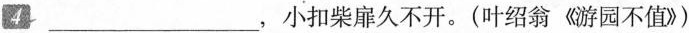
4 ___，小扣柴扉久不开。(叶绍翁《游园不值》)